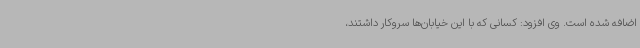
اضافه شده است. وی افزود: کسانی که با این خیابان‌ها سروکار داشتند،